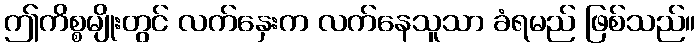
ဤကိစ္စမျိုးတွင် လက်နှေးက လက်နေသူသာ ခံရမည် ဖြစ်သည်။